Mental hospitals Bombay report 1921-28 - 1921-1928
Year: 1921
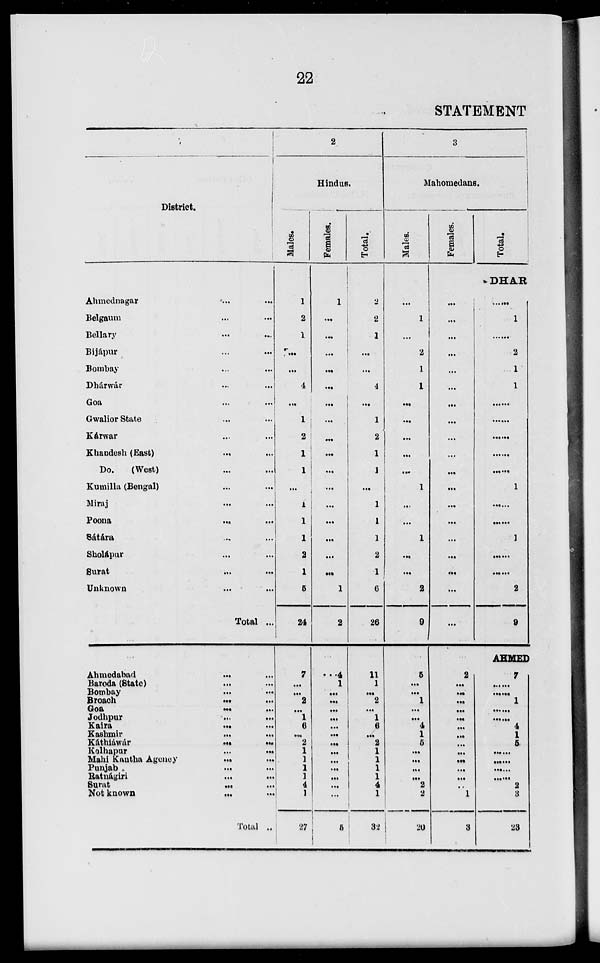
22
STATEMENT
1
District.
Ahmednagar ... ...
Belgaum ... ...
Bellary ... ...
Bijápur ... ...
Bombay ... ...
Dhárwár ... ...
Goa ... ...
Gwalior State ... ...
Kárwar ... ...
Khandesh (East) ... ...
Do.
(West) ... ...
Kumilla (Bengal) ... ...
Miraj ... ...
Poona
...
...
Sátára ... ...
Sholápur ... ...
Surat ... ...
Unknown ... ...
Total ...
Ahmedabad ... ...
Baroda (State) ... ...
Bombay ... ...
Broach
...
...
Goa
...
...
Jodhpur ... ...
Kaira
...
...
Kashmir ... ...
Káthiáwár
...
...
Kolhapur
...
...
Mahi Kantha Agency
...
...
Punjab ... ...
Ratnágiri ... ...
Surat
...
...
Not known
...
...
Total ...
2
Hindus.
Males.
1
2
1
...
...
4
...
1
2
1
1
...
1
1
1
2
1
5
24
7
...
...
2
...
1
6
...
2
1
1
1
1
4
1
27
Females.
1
...
...
...
...
...
...
...
...
...
...
...
...
...
...
...
...
1
2
4
1
...
...
...
...
...
...
...
...
...
...
...
...
...
5
Total.
2
2
1
...
...
4
...
1
2
1
1
...
1
1
1
2
1
6
26
11
1
...
2
...
1
6
...
2
1
1
1
1
4
1
32
3
Mahomedans.
Males.
...
1
...
2
1
1
...
...
...
...
...
1
...
...
1
...
...
2
9
5
...
...
1
...
...
4
1
5
...
...
...
...
2
2
20
Females.
Total.
DHAR
...
...
...
...
...
...
...
...
...
...
...
...
...
...
...
...
...
...
...
......
1
......
2
1
1
......
......
......
......
......
1
......
......
1
......
......
2
9
AHMED
2
...
...
...
...
...
...
...
...
...
...
...
...
...
1
3
7
......
......
1
......
......
4
1
5
......
......
......
......
2
3
23